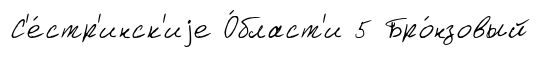
С'е́стр'инск'иjе О́бласт'и 5 Бро́нзовый